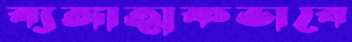
ব্যঙ্গাত্মকভাবে